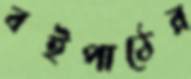
বইপাঠের